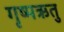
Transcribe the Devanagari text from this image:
गृष्‍मऋतु